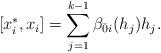
LaTeX: \begin{align*}[x^*_i,x_i]=\sum_{j=1}^{k-1}\beta_{\bar0i}(h_j)h_j.\end{align*}